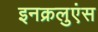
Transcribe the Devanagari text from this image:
इनक्रलुएंस